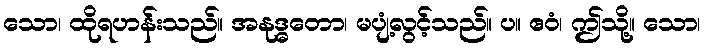
သော၊ ထိုရဟန်းသည်။ အနုဒ္ဓတော၊ မပျံ့လွင့်သည်။ ပ။ ဧဝံ၊ ဤသို့။ သော၊